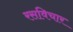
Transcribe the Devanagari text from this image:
रसविचार